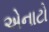
એનાટો